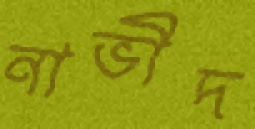
নাভীদ